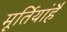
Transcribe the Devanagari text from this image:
मूर्तियांहैं